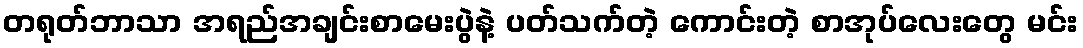
တရုတ်ဘာသာ အရည်အချင်းစာမေးပွဲနဲ့ ပတ်သက်တဲ့ ကောင်းတဲ့ စာအုပ်လေးတွေ မင်း